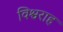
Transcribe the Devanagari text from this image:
विश्वराह